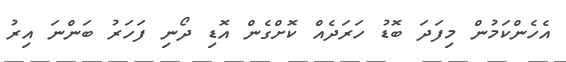
އެހެންކަމުން މިފަދަ ބޮޑު ހަރަދެއް ކޮށްގެން އޮޑި ދޯނި ފަހަރު ބަންނަ އިރު